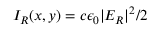
I _ { R } ( x , y ) = c \epsilon _ { 0 } | E _ { R } | ^ { 2 } / 2